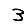
Digit: 3